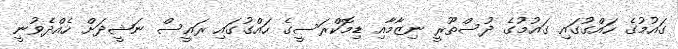
ގައުމުގެ ހައްގުގައި ގައުމުގެ ދުސްތޫރީ ނިޒާމާއި ޑިމޮކްރަސީގެ ހައްގުގައި ރައީސް ނަޝީދަށް ހެއްދެވުނީ